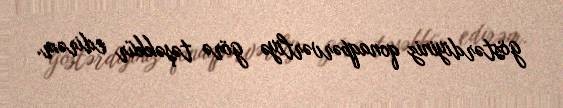
göstərdiyiniz qonaqpərvərliyə görə təşəkkür edirəm.